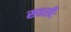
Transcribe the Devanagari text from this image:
सहस्त्रैः